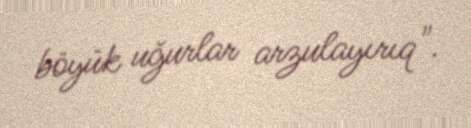
böyük uğurlar arzulayırıq".